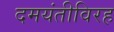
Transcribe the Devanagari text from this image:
दमयंतीविरह